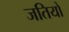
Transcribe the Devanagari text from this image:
जतियो